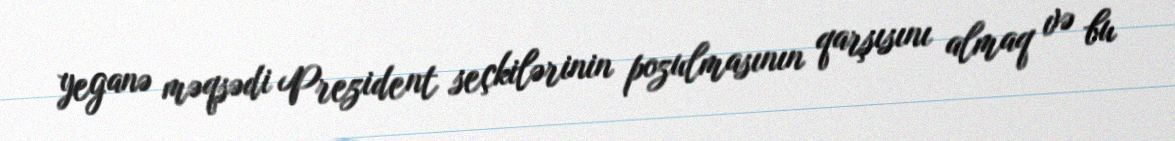
yeganə məqsədi Prezident seçkilərinin pozulmasının qarşısını almaq və bu